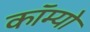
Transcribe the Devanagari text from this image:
कॉम्‍यो